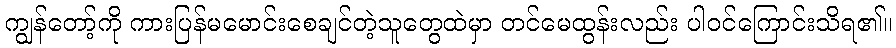
ကျွန်တော့်ကို ကားပြန်မမောင်းစေချင်တဲ့သူတွေထဲမှာ တင်မေထွန်းလည်း ပါဝင်ကြောင်းသိရ၏။